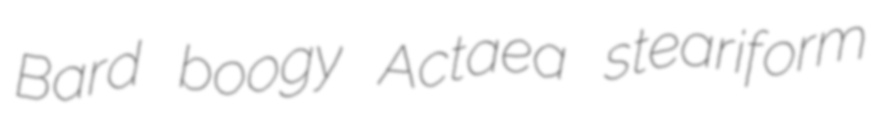
Bard boogy Actaea steariform